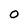
Character: 0